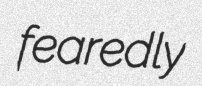
fearedly